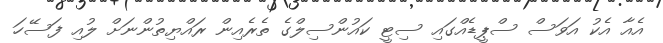
އެއާ އެކު އަވަސް ސްޕީޑެއްގައި ސިޓީ ކައުންސިލްގެ ތެރެއިން ރައްޔިތުންނަށް ލުއި ފަސޭހަ